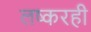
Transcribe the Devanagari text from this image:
लष्करही